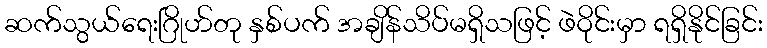
ဆက်သွယ်ရေးဂြိုဟ်တု နှစ်ပက် အချိန်သိပ်မရှိသဖြင့် ဖဲဝိုင်းမှာ ရရှိနိုင်ခြင်း